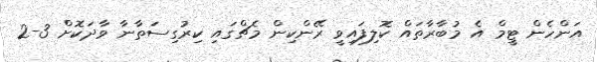
އަންހެން ޓީމް އެ މުބާރާތައް ކޮލިފައިވީ ރޭންކިން މެޗްގައި ކިރުގިސަތާނާ ވާދަކޮށް 3-2